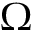
\Omega